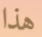
هذا